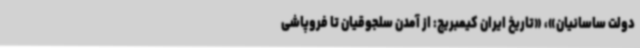
دولت ساسانیان»، «تاریخ ایران کیمبریج: از آمدن سلجوقیان تا فروپاشی